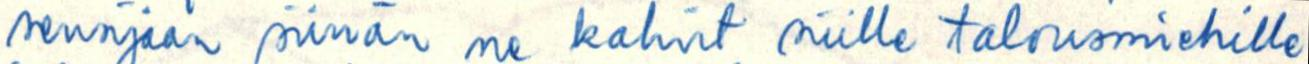
sensijaan siirrän ne kahvit niille talousmiehille